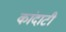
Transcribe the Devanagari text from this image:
कांदाटी